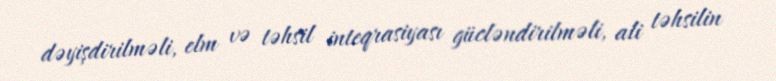
dəyişdirilməli, elm və təhsil inteqrasiyası gücləndirilməli, ali təhsilin